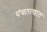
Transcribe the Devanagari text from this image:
पंचतत्वात